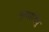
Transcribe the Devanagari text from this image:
मुल्लाइतिवु